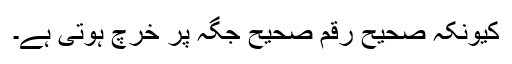
کیونکہ صحیح رقم صحیح جگہ پر خرچ ہوتی ہے۔